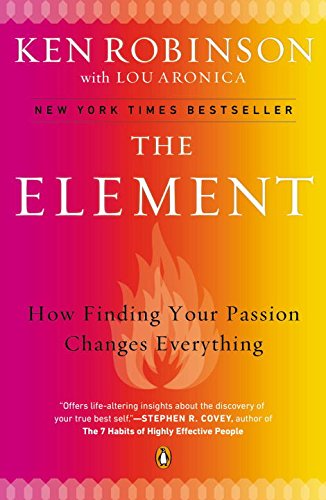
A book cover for The Element: How Finding Your Passion Changes Everything; Ken Robinson; Self-Help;